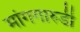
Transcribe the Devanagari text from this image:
मांगगारुडी